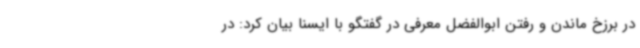
در برزخ ماندن و رفتن ابوالفضل معرفی در گفتگو با ایسنا بیان کرد: در